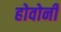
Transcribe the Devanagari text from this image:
होवोनी